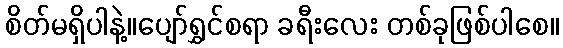
စိတ်မရှိပါနဲ့။ပျော်ရွှင်စရာ ခရီးလေး တစ်ခုဖြစ်ပါစေ။